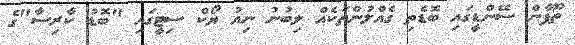
ތޫފާން ސޭންޑީގައި ބޮޑެތި ގެއްލުންތަކެއް ލިބުނު ނިއު ޔޯކް ސިޓީގައި "ބޮޑު ކާރިސާ"ގެ